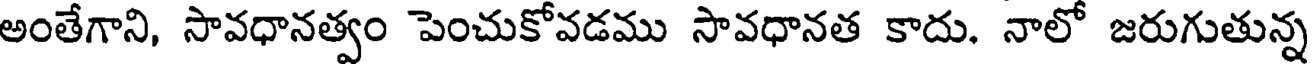
అంతేగాని, సావధానత్వం పెంచుకోవడము సావధానత కాదు. నాలో జరుగుతున్న